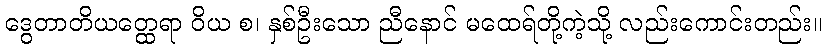
ဒွေတာတိယတ္ထေရာ ဝိယ စ၊ နှစ်ဦးသော ညီနောင် မထေရ်တို့ကဲ့သို့ လည်းကောင်းတည်း။